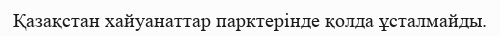
Қазақстан хайуанаттар парктерінде қолда ұсталмайды.